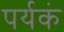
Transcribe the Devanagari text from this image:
पर्यकं